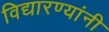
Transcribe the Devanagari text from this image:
विद्यारण्यांनी